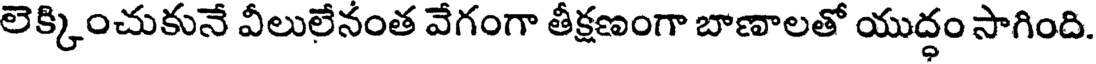
లెక్కించుకునే వీలులేనంత వేగంగా తీక్షణంగా బాణాలతో యుద్ధం సాగింది.